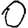
Digit: 0